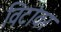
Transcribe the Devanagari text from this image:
विटांवर